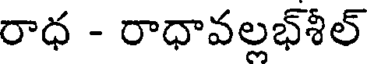
రాధ - రాధావల్లభ్శీల్